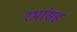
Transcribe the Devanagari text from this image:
रथांसह